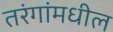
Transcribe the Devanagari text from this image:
तरंगांमधील